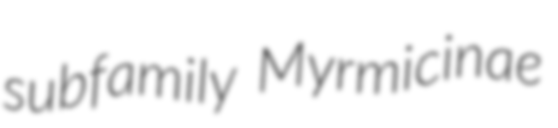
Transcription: subfamily Myrmicinae